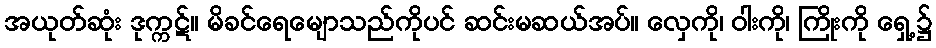
အယုတ်ဆုံး ဒုက္ကဋ်။ မိခင်ရေမျောသည်ကိုပင် ဆင်းမဆယ်အပ်။ လှေကို၊ ဝါးကို၊ ကြိုးကို ရှေ့၌